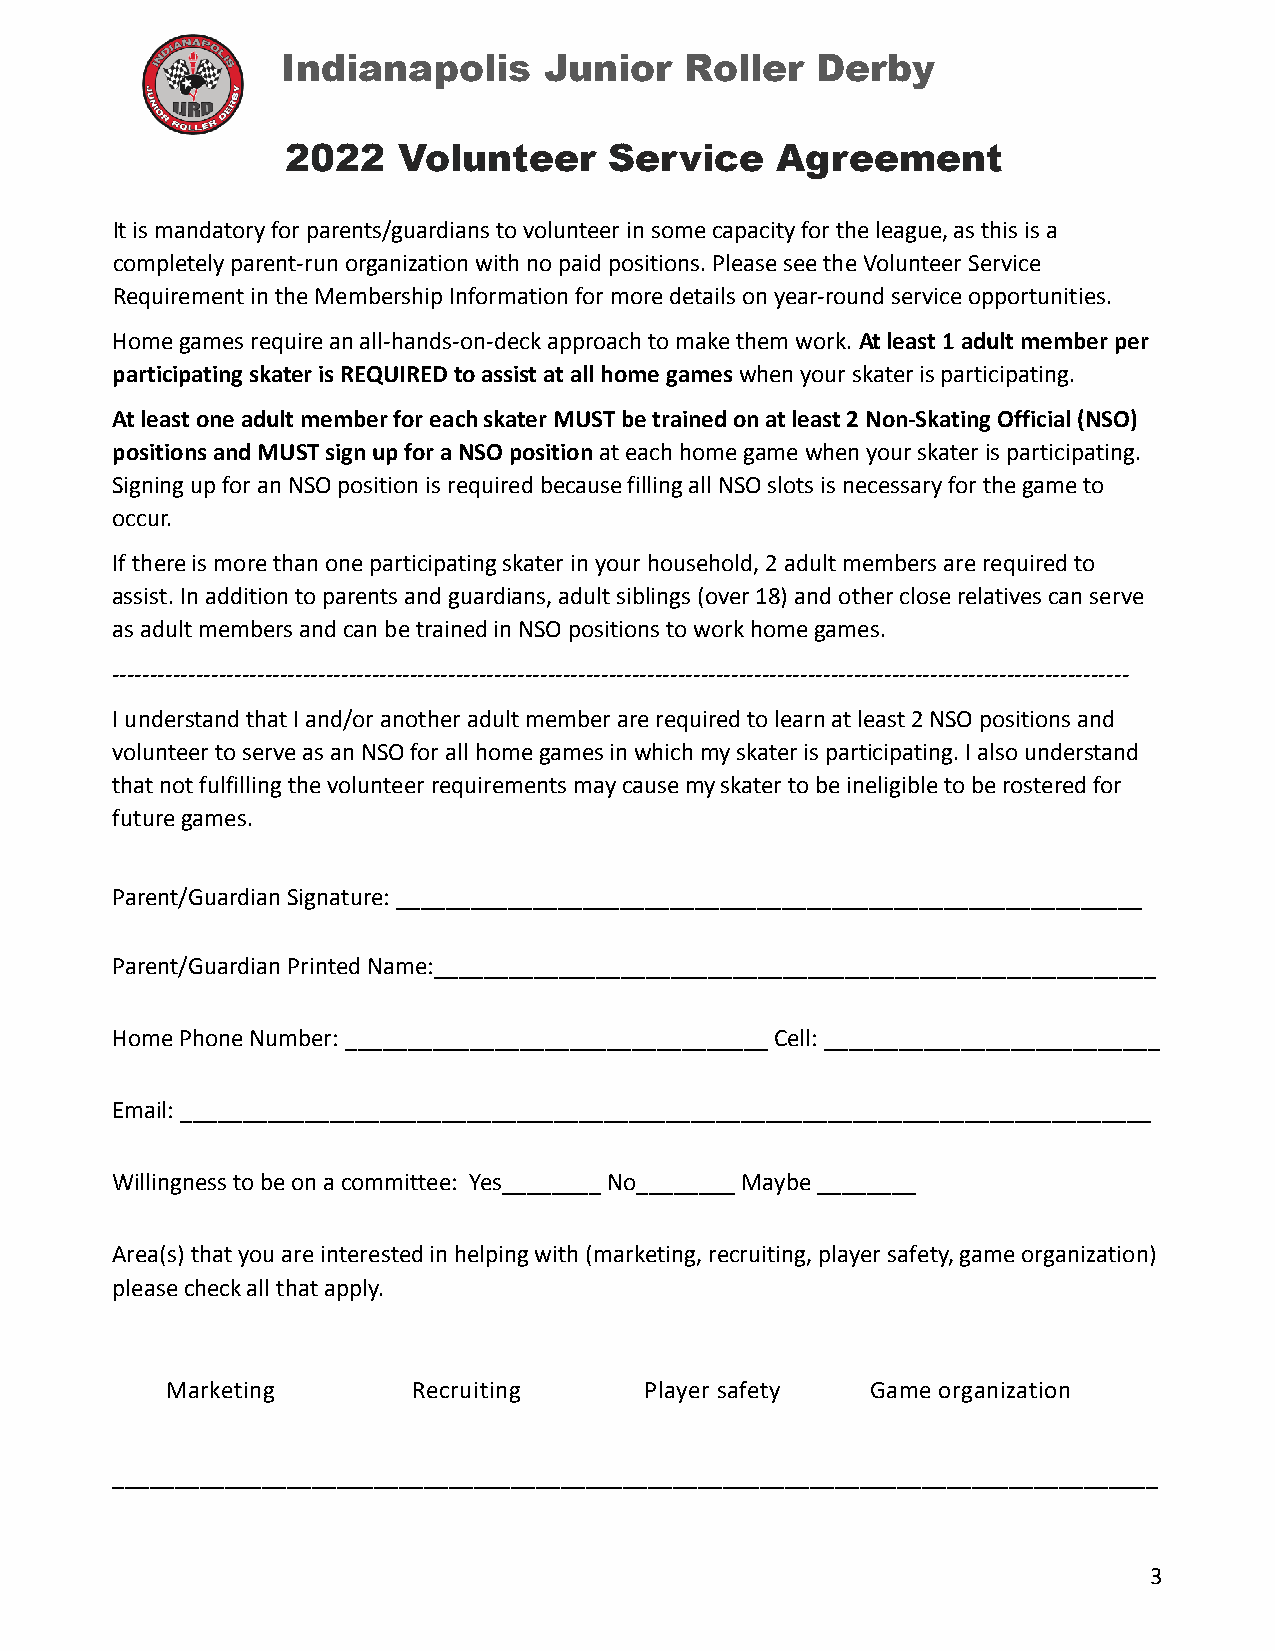
Indianapolis     Junior   Roller   Derby
 2022   Volunteer     Service    Agreement
 It is mandatory for parents/guardians to volunteer in some capacity for the league, as this is a
 completely parent-run organization with no paid positions. Please see the Volunteer Service
 Requirement in the Membership Information for more details on year-round service opportunities.
 Home games require an all-hands-on-deck approach to make them work. At least 1 adult member per
 participating skater is REQUIRED to assist at all home games when your skater is participating.
 At least one adult member for each skater MUST be trained on at least 2 Non-Skating Official (NSO)
 positions and MUST sign up for a NSO position at each home game when your skater is participating.
 Signing up for an NSO position is required because filling all NSO slots is necessary for the game to
 occur.
 If there is more than one participating skater in your household, 2 adult members are required to
 assist. In addition to parents and guardians, adult siblings (over 18) and other close relatives can serve
 as adult members and can be trained in NSO positions to work home games.
 -------------------------------------------------------------------------------------------------------------------------------------
 I understand that I and/or another adult member are required to learn at least 2 NSO positions and
 volunteer to serve as an NSO for all home games in which my skater is participating. I also understand
 that not fulfilling the volunteer requirements may cause my skater to be ineligible to be rostered for
 future games.
 Parent/Guardian Signature: ____________________________________________________________
 Parent/Guardian Printed Name:__________________________________________________________
 Home Phone Number: __________________________________ Cell: ___________________________
 Email: ______________________________________________________________________________
 Willingness to be on a committee: Yes________ No________ Maybe ________
 Area(s) that you are interested in helping with (marketing, recruiting, player safety, game organization)
 please check all that apply.
 Marketing       Recruiting      Player safety  Game organization
 ____________________________________________________________________________________
 3